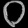
Digit: ၀